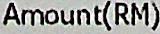
AMOUNT(RM)